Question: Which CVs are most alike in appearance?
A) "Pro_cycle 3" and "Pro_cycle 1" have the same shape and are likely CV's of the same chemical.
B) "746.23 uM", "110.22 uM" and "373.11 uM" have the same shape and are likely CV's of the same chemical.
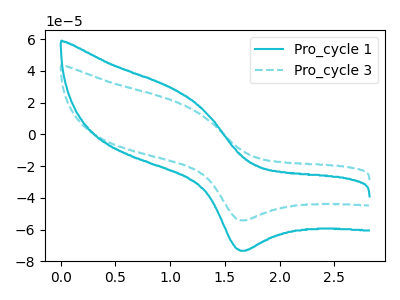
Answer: <think>The cyan curve "Pro_cycle 1" has an anodic peak at (1.05V, 28.05uA) and a cathodic peak at (1.65V, -73.40uA). The cyan dashed curve "Pro_cycle 3" has an anodic peak at (1.05V, 20.75uA) and a cathodic peak at (1.65V, -54.25uA).
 All the peaks in "Pro_cycle 1" have a peak in "Pro_cycle 3" at the same potential. Every peak in "Pro_cycle 1" is higher than every peak in "Pro_cycle 3".</think>
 <answer>A) "Pro_cycle 3" and "Pro_cycle 1" have the same shape and are likely CV's of the same chemical.</answer>
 <eval>A</eval>